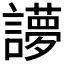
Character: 𰵉